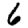
Digit: 6